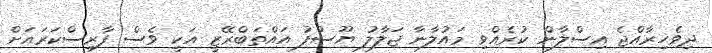
ދިވެހިރާއްޖެ އިސްލާން ކުރެއްވި މައުލާނާ ޖަލާލު ޔޫސުފު އައްތަބްރޭޒީ އަކީ ވެސް ފާރިސްކަރައަށް